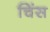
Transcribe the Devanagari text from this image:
चिंस